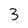
Character: 3